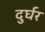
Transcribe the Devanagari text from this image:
दुर्घर